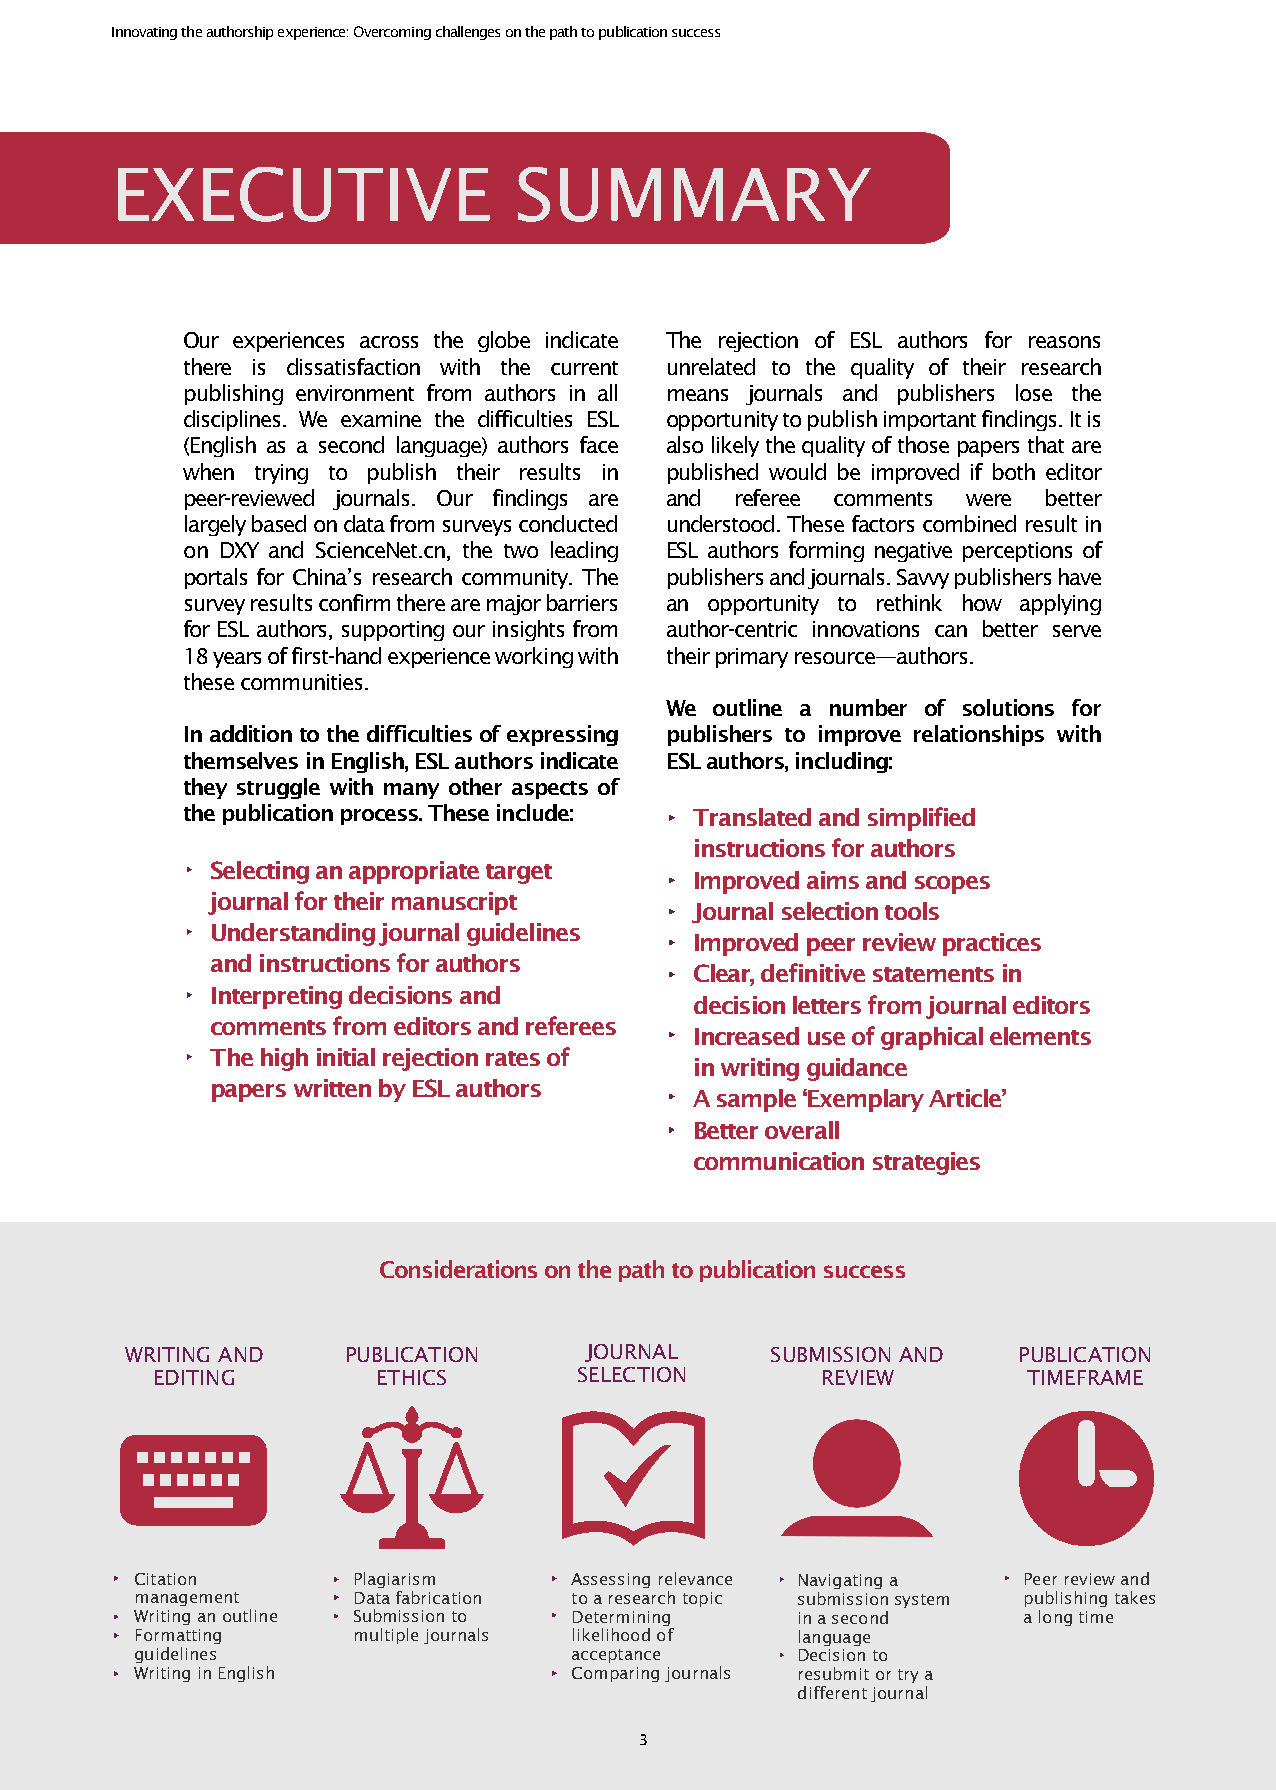
Innovating the authorship experience: Overcoming challenges on the path to publication success
 EXECUTIVE                  SUMMARY
 Our experiences across the globe indicate The rejection of ESL authors for reasons
 there is dissatisfaction with the current unrelated to the quality of their research
 publishing environment from authors in all means journals and publishers lose the
 disciplines. We examine the difficulties ESL opportunity to publish important findings. It is
 (English as a second language) authors face also likely the quality of those papers that are
 when trying to publish their results in published would be improved if both editor
 peer-reviewed journals. Our findings are and referee comments were better
 largely based on data from surveys conducted understood. These factors combined result in
 on DXY and ScienceNet.cn, the two leading ESL authors forming negative perceptions of
 portals for China’s research community. The publishers and journals. Savvy publishers have
 survey results confirm there are major barriers an opportunity to rethink how applying
 for ESL authors, supporting our insights from author-centric innovations can better serve
 18 years of first-hand experience working with their primary resource—authors.
 these communities.
 We outline a number of solutions for
 In addition to the difficulties of expressing publishers to improve relationships with
 themselves in English, ESL authors indicate ESL authors, including:
 they struggle with many other aspects of
 the publication process. These include: Translated and simplified
 instructions for authors
 Selecting an appropriate target
 Improved aims and scopes
 journal for their manuscript
 Journal selection tools
 Understanding journal guidelines
 Improved peer review practices
 and instructions for authors
 Clear, definitive statements in
 Interpreting decisions and
 decision letters from journal editors
 comments from editors and referees
 Increased use of graphical elements
 The high initial rejection rates of
 in writing guidance
 papers written by ESL authors
 A sample ‘Exemplary Article’
 Better overall
 communication strategies
 Considerations on the path to publication success
 WRITING AND    PUBLICATION     JOURNAL     SUBMISSION AND  PUBLICATION
 EDITING        ETHICS       SELECTION       REVIEW        TIMEFRAME
 Citation      Plagiarism     Assessing relevance Navigating a Peer review and
 management    Data fabrication to a research topic submission system publishing takes
 Writing an outline Submission to Determining in a second   a long time
 Formatting    multiple journals likelihood of language
 guidelines                   acceptance     Decision to
 Writing in English           Comparing journals resubmit or try a
 different journal
 3